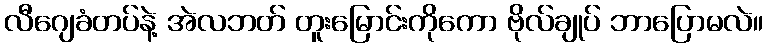
လီဂျေခံတပ်နဲ့ အဲလဘတ် တူးမြောင်းကိုကော ဗိုလ်ချုပ် ဘာပြောမလဲ။